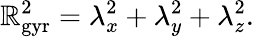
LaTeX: \mathbb{R}_{\mathrm{{gyr}}}^{2}=\lambda_{x}^{2}+\lambda_{y}^{2}+\lambda_{z}^{2}.